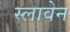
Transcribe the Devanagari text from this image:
स्लावेन